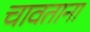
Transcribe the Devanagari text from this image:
चावताना